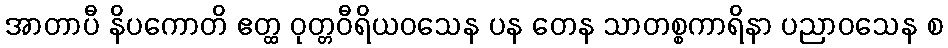
အာတာပီ နိပကောတိ ဧတ္ထ ဝုတ္တဝီရိယဝသေန ပန တေန သာတစ္စကာရိနာ ပညာဝသေန စ